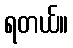
ရတယ်။